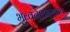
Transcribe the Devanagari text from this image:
भुब्वनेशवरनाथ